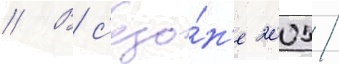
// В с'езо́н'е 2005/